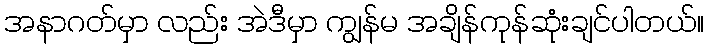
အနာဂတ်မှာ လည်း အဲဒီမှာ ကျွန်မ အချိန်ကုန်ဆုံးချင်ပါတယ်။